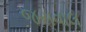
જસવાલ